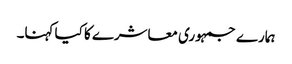
ہمارے جمہوری معاشرے کا کیا کہنا۔